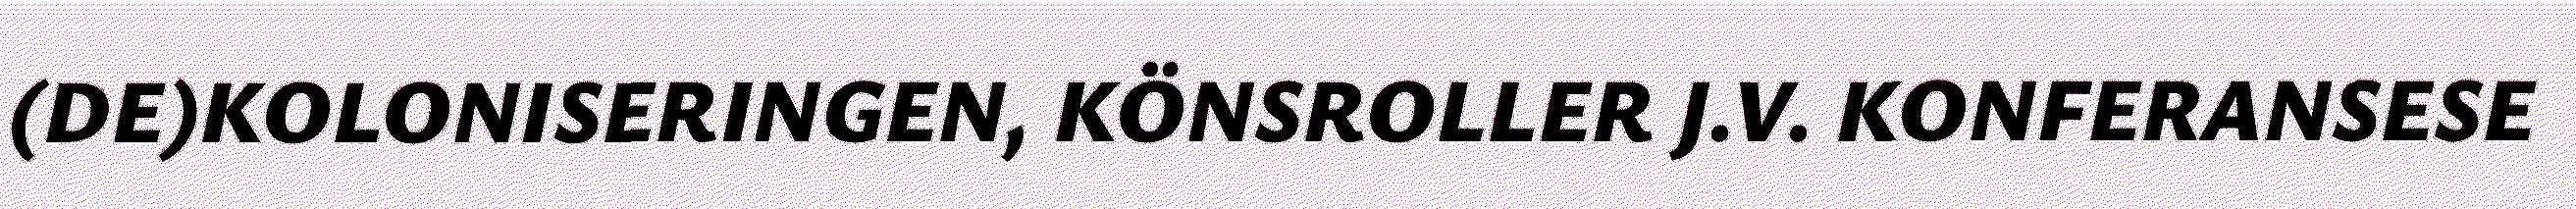
(DE)KOLONISERINGEN, KÖNSROLLER J.V. KONFERANSESE